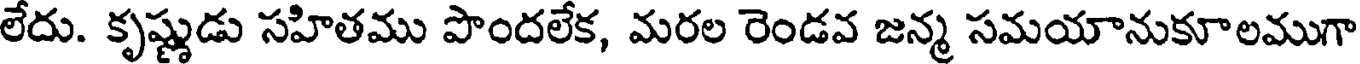
లేదు. కృష్ణుడు సహితము పొందలేక, మరల రెండవ జన్మ సమయానుకూలముగా